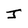
Character: J